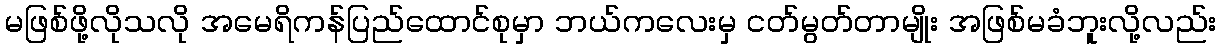
မဖြစ်ဖို့လိုသလို အမေရိကန်ပြည်ထောင်စုမှာ ဘယ်ကလေးမှ ငတ်မွတ်တာမျိုး အဖြစ်မခံဘူးလို့လည်း